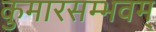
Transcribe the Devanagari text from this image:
कुमारसम्भवम्‌